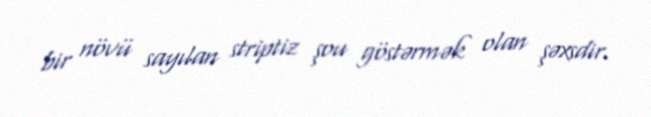
bir növü sayılan striptiz şou göstərmək olan şəxsdir.